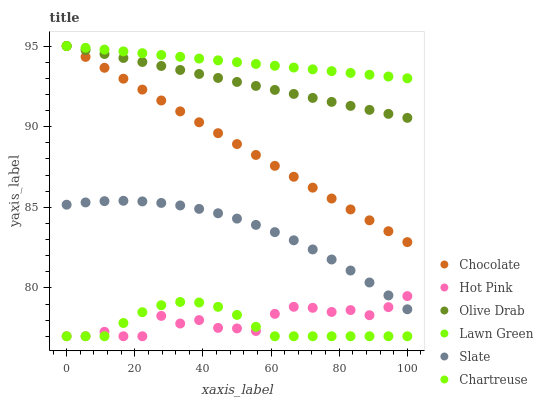
| xaxis_label | Chocolate | Hot Pink | Olive Drab | Lawn Green | Slate | Chartreuse |
 | --- | --- | --- | --- | --- | --- | --- |
 | 0 | 95 | 77 | 95 | 95 | 85.2 | 77 |
 | 5.56 | 94.3 | 77 | 94.8 | 94.9 | 85.3 | 77 |
 | 11.1 | 93.6 | 77.3 | 94.5 | 94.8 | 85.4 | 77 |
 | 16.7 | 93 | 77 | 94.3 | 94.7 | 85.4 | 77.8 |
 | 22.2 | 92.3 | 77 | 94 | 94.6 | 85.4 | 78.5 |
 | 27.8 | 91.6 | 78.3 | 93.8 | 94.4 | 85.3 | 78.9 |
 | 33.3 | 90.9 | 77.8 | 93.5 | 94.3 | 85.1 | 79.1 |
 | 38.9 | 90.3 | 78 | 93.3 | 94.2 | 84.9 | 79.1 |
 | 44.4 | 89.6 | 77.5 | 93 | 94.1 | 84.6 | 78.8 |
 | 50 | 88.9 | 77.5 | 92.8 | 94 | 84.3 | 78.3 |
 | 55.6 | 88.2 | 77.3 | 92.5 | 93.9 | 83.9 | 77.6 |
 | 61.1 | 87.6 | 78.4 | 92.3 | 93.8 | 83.5 | 77 |
 | 66.7 | 86.9 | 78.8 | 92 | 93.7 | 83 | 77 |
 | 72.2 | 86.2 | 78.8 | 91.8 | 93.6 | 82.4 | 77 |
 | 77.8 | 85.5 | 78.5 | 91.5 | 93.4 | 81.8 | 77 |
 | 83.3 | 84.9 | 78.6 | 91.3 | 93.3 | 81.1 | 77 |
 | 88.9 | 84.2 | 78.3 | 91 | 93.2 | 80.3 | 77 |
 | 94.4 | 83.5 | 78.8 | 90.8 | 93.1 | 79.5 | 77 |
 | 100 | 82.8 | 79.5 | 90.5 | 93 | 78.7 | 77 |